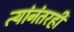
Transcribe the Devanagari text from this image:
त्यांनंतरही